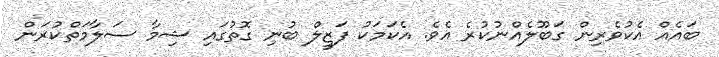
ބައެއް އެކުވެރިން ގަބޫލެއްނުކުރެ އެވެ. އެކަމަކު ފަޒީލް ބުނި ގޮތުގައި ޝިމާ ސަލާމަތްކުރަން